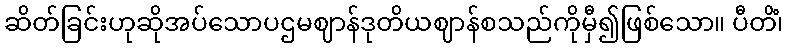
ဆိတ်ခြင်းဟုဆိုအပ်သောပဌမဈာန်ဒုတိယဈာန်စသည်ကိုမှီ၍ဖြစ်သော။ ပီတိံ၊